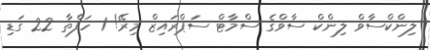
ލިންކްސާވް ލިންކް ސާވްގެ ސްމާޓް ސަޕްރައިޒް މިރޭ! 1 ހަފްތާ 22 ގަޑި